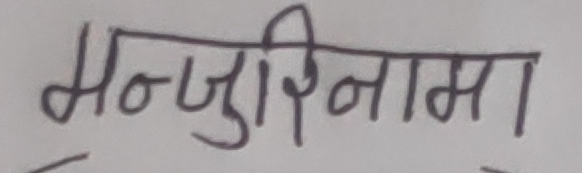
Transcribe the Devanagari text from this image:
मन्जुरीनामा